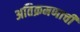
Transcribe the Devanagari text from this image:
अतिक्रमणाची